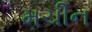
મચીન